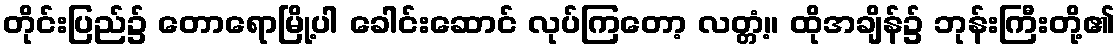
တိုင်းပြည်၌ တောရောမြို့ပါ ခေါင်းဆောင် လုပ်ကြတော့ လတ္တံ့။ ထိုအချိန်၌ ဘုန်းကြီးတို့၏